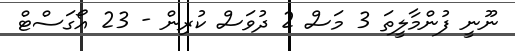
ނޫނީ ފުންމާލީތަ 3 މަސް 2 ދުވަސް ކުރިން - 23 އޯގަސްޓް